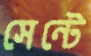
সেন্টে